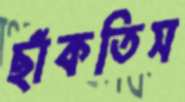
ছাঁকতিস